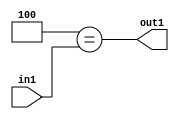
`timescale 1ps / 1ps
/*****************************************************************************
    Verilog RTL Description
    
    
    Created by: Stratus DpOpt 2019.1.01 
*******************************************************************************/

module dut_Eqi4u3_4 (
	in1,
	out1
	); /* architecture "behavioural" */ 
input [2:0] in1;
output  out1;
wire  asc001;

assign asc001 = (8'B00000100==in1);

assign out1 = asc001;
endmodule

/* CADENCE  urT5TA4= : u9/ySgnWtBlWxVPRXgAZ4Og= ** DO NOT EDIT THIS LINE ******/